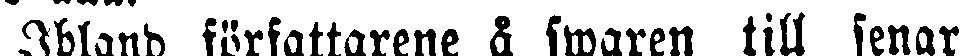
Ibland författarene å swaren till senar